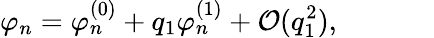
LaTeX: \varphi_{n}=\varphi_{n}^{(0)}+q_{1}\varphi_{n}^{(1)}+\mathcal{O}(q_{1}^{2}),~~~~~~~~~~~~~